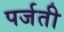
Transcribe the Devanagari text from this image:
पर्जती